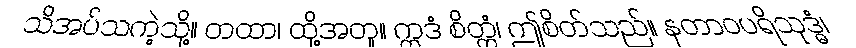
သိအပ်သကဲ့သို့။ တထာ၊ ထို့အတူ။ ဣဒံ စိတ္တံ၊ ဤစိတ်သည်။ နတာဝပရိသုဒ္ဓံ၊